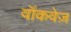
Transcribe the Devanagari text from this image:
वॉकवेज़